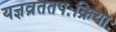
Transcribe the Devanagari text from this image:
यज्ञव्रततपःक्रियाः